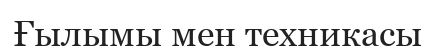
Ғылымы мен техникасы